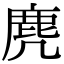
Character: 麂